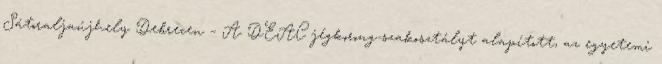
Sátoraljaújhely Debrecen – A DEAC jégkorong-szakosztályt alapított, az egyetemi